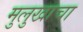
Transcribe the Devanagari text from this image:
मुलुखाचा